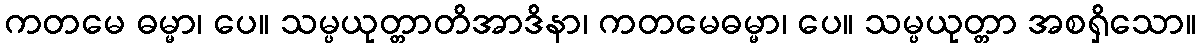
ကတမေ ဓမ္မာ၊ ပေ။ သမ္ပယုတ္တာတိအာဒိနာ၊ ကတမေဓမ္မာ၊ ပေ။ သမ္ပယုတ္တာ အစရှိသော။